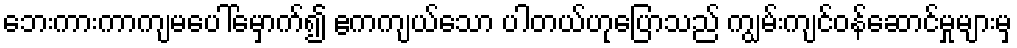
ဘေးကားကာကျမပေါ်မှောက်၍ ဧကကျယ်သော ပါတယ်ဟုပြောသည် ကျွမ်းကျင်ဝန်ဆောင်မှုများမှ